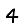
Digit: 4